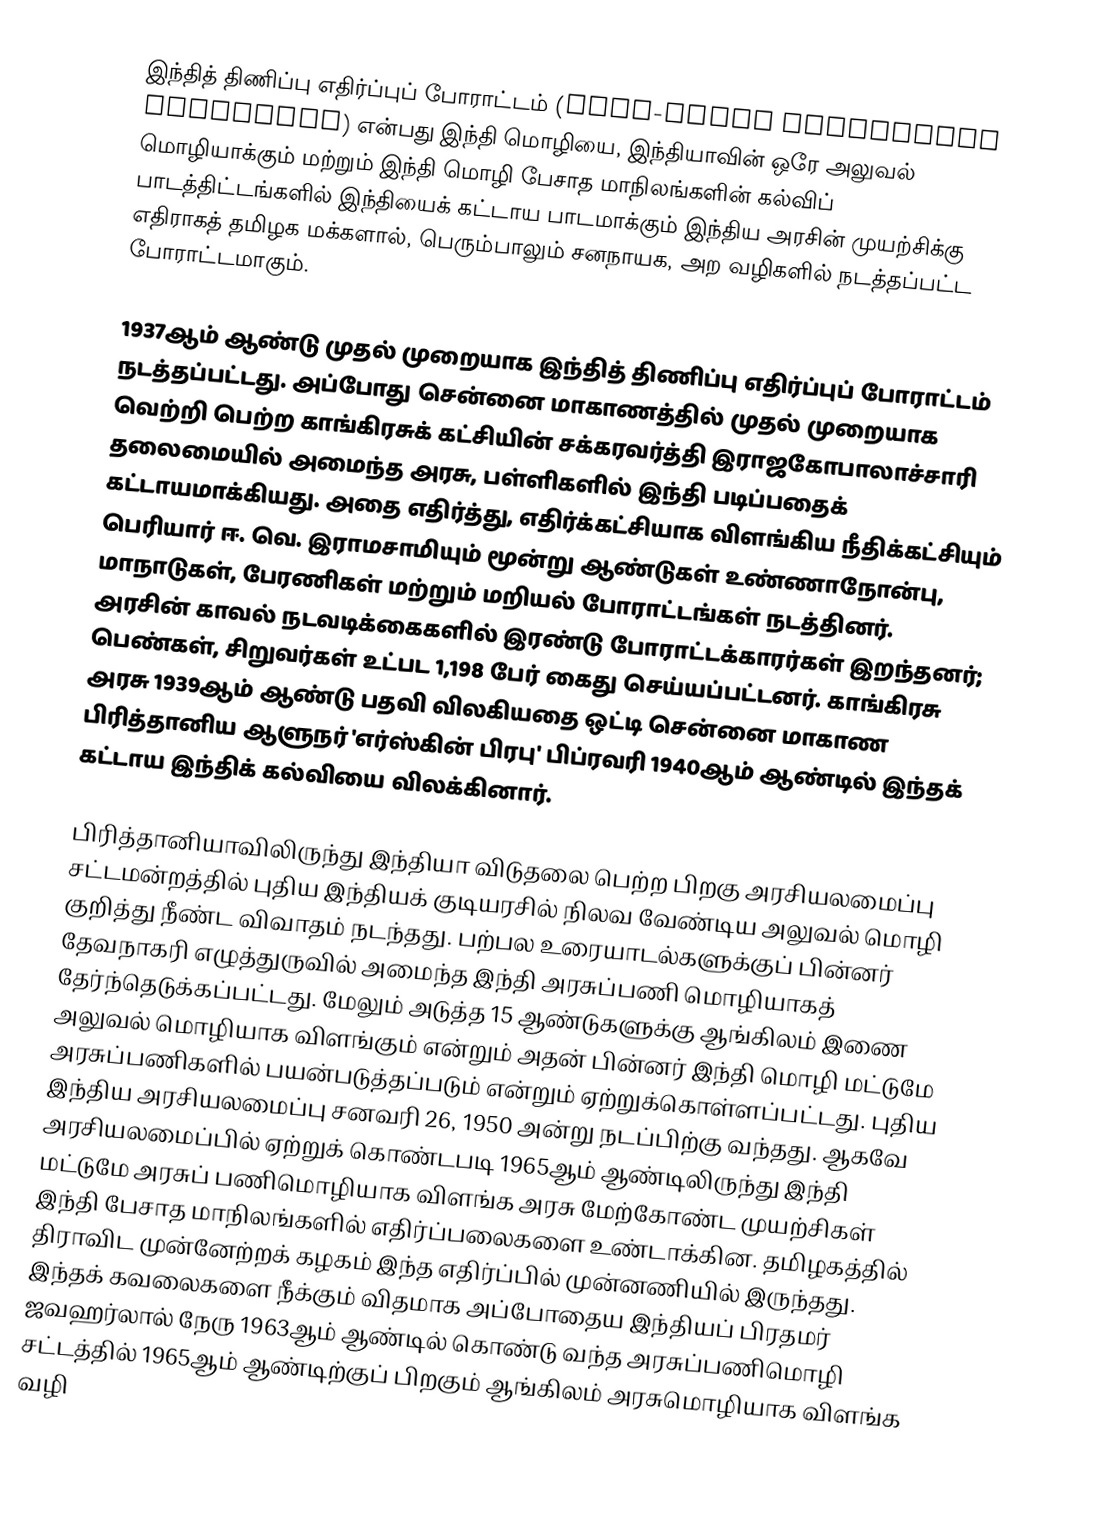
இந்தித் திணிப்பு எதிர்ப்புப் போராட்டம் (Anti-Hindi imposition agitation) என்பது  இந்தி மொழியை, இந்தியாவின் ஒரே அலுவல் மொழியாக்கும் மற்றும் இந்தி மொழி பேசாத மாநிலங்களின் கல்விப் பாடத்திட்டங்களில் இந்தியைக் கட்டாய பாடமாக்கும் இந்திய அரசின் முயற்சிக்கு எதிராகத் தமிழக மக்களால், பெரும்பாலும் சனநாயக, அற வழிகளில் நடத்தப்பட்ட போராட்டமாகும்.

1937ஆம் ஆண்டு முதல் முறையாக இந்தித் திணிப்பு எதிர்ப்புப் போராட்டம் நடத்தப்பட்டது. அப்போது சென்னை மாகாணத்தில் முதல் முறையாக வெற்றி பெற்ற காங்கிரசுக் கட்சியின் சக்கரவர்த்தி இராஜகோபாலாச்சாரி தலைமையில் அமைந்த அரசு, பள்ளிகளில் இந்தி படிப்பதைக் கட்டாயமாக்கியது. அதை எதிர்த்து, எதிர்க்கட்சியாக விளங்கிய நீதிக்கட்சியும் பெரியார் ஈ. வெ. இராமசாமியும் மூன்று ஆண்டுகள் உண்ணாநோன்பு, மாநாடுகள், பேரணிகள் மற்றும் மறியல் போராட்டங்கள் நடத்தினர். அரசின் காவல் நடவடிக்கைகளில் இரண்டு போராட்டக்காரர்கள் இறந்தனர்; பெண்கள், சிறுவர்கள் உட்பட 1,198 பேர் கைது செய்யப்பட்டனர். காங்கிரசு அரசு 1939ஆம் ஆண்டு பதவி விலகியதை ஒட்டி சென்னை மாகாண பிரித்தானிய ஆளுநர் 'எர்ஸ்கின் பிரபு' பிப்ரவரி 1940ஆம் ஆண்டில் இந்தக் கட்டாய இந்திக் கல்வியை விலக்கினார்.

பிரித்தானியாவிலிருந்து இந்தியா விடுதலை பெற்ற பிறகு அரசியலமைப்பு சட்டமன்றத்தில் புதிய இந்தியக் குடியரசில் நிலவ வேண்டிய அலுவல் மொழி குறித்து நீண்ட விவாதம் நடந்தது. பற்பல உரையாடல்களுக்குப் பின்னர் தேவநாகரி எழுத்துருவில் அமைந்த இந்தி அரசுப்பணி மொழியாகத் தேர்ந்தெடுக்கப்பட்டது. மேலும் அடுத்த 15 ஆண்டுகளுக்கு ஆங்கிலம் இணை அலுவல் மொழியாக விளங்கும் என்றும் அதன் பின்னர் இந்தி மொழி மட்டுமே அரசுப்பணிகளில் பயன்படுத்தப்படும் என்றும் ஏற்றுக்கொள்ளப்பட்டது. புதிய இந்திய அரசியலமைப்பு சனவரி 26, 1950 அன்று நடப்பிற்கு வந்தது. ஆகவே அரசியலமைப்பில் ஏற்றுக் கொண்டபடி 1965ஆம் ஆண்டிலிருந்து இந்தி மட்டுமே அரசுப் பணிமொழியாக விளங்க அரசு மேற்கோண்ட முயற்சிகள் இந்தி பேசாத மாநிலங்களில் எதிர்ப்பலைகளை உண்டாக்கின. தமிழகத்தில் திராவிட முன்னேற்றக் கழகம் இந்த எதிர்ப்பில் முன்னணியில் இருந்தது. இந்தக் கவலைகளை நீக்கும் விதமாக அப்போதைய இந்தியப் பிரதமர் ஜவஹர்லால் நேரு 1963ஆம் ஆண்டில் கொண்டு வந்த அரசுப்பணிமொழி சட்டத்தில் 1965ஆம் ஆண்டிற்குப் பிறகும் ஆங்கிலம் அரசுமொழியாக விளங்க வழி